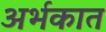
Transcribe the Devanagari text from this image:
अर्भकात